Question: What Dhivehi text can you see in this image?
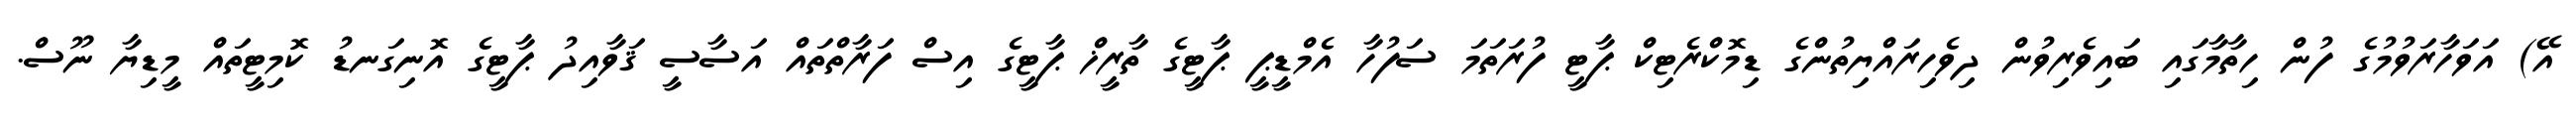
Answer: އޭ) އަވަހާރަވުމުގެ ފުން ހިތާމާގައި ބައިވެރިވުން ދިވެހިރައްޔިތުންގެ ޑިމޮކްރެޓިކް ޕާޓީ ފުރަތަމަ ސަފުހާ އެމްޑީޕީ ޕާޓީގެ ތާރީޚް ޕާޓީގެ އިސް ފަރާތްތައް އަސާސީ ޤަވާއިދު ޕާޓީގެ އޮނިގަނޑު ކޮމިޓީތައް މީޑިޔާ ނޫސް.